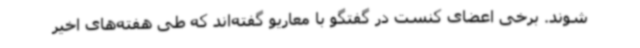
شوند. برخی اعضای کنست در گفتگو با معاریو گفته‌اند که طی هفته‌های اخیر